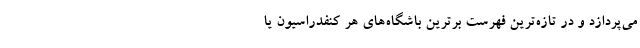
می‌پردازد و در تازه‌ترین فهرست برترین باشگاه‌های هر کنفدراسیون یا